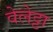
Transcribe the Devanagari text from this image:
वेलेट्टा